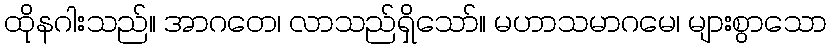
ထိုနဂါးသည်။ အာဂတေ၊ လာသည်ရှိသော်။ မဟာသမာဂမေ၊ များစွာသော